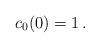
LaTeX: \begin{align*}c_0(0) =1\,.\end{align*}